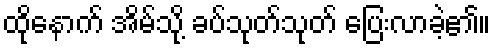
ထိုနောက် အိမ်သို့ ခပ်သုတ်သုတ် ပြေးလာခဲ့၏။